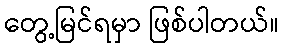
တွေ့မြင်ရမှာ ဖြစ်ပါတယ်။